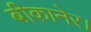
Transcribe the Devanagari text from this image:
बीकानेर।